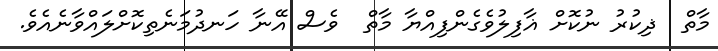
މާތް  ޛިކުރު ނުކޮށް ޣާފިލުވެގެންފިއްޔާ މާތް  ވެސް އޭނާ ހަނދުމަނެތިކޮށްލައްވާނެއެވެ.